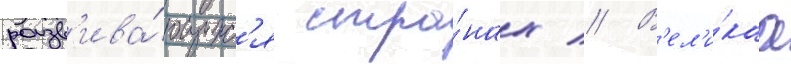
разв'ива́ющихс'я стра́нах // В'ел'и́каа